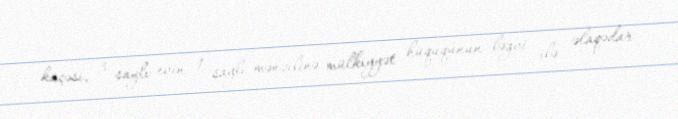
küçəsi, 3 saylı evin 1 saylı mənzilinə mülkiyyət hüququnun ləğvi ilə əlaqədar